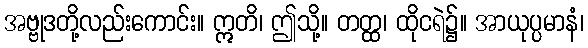
အဗ္ဗုဒတို့လည်းကောင်း။ ဣတိ၊ ဤသို့။ တတ္ထ၊ ထိုငရဲ၌။ အာယုပ္ပမာနံ၊